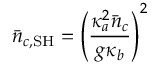
\bar { n } _ { c , \mathrm { S H } } = \left( \frac { \kappa _ { a } ^ { 2 } \bar { n } _ { c } } { g \kappa _ { b } } \right) ^ { 2 }